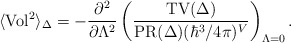
\begin{align*}\langle{\rm Vol}^2\rangle_\Delta = - {\partial^2\over\partial\Lambda^2} \left( {{\rm TV}(\Delta)\over {\rm PR}(\Delta)(\hbar^3/4\pi)^V} \right)_{\Lambda=0}.\end{align*}